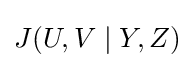
J(U,V\mid Y,Z)